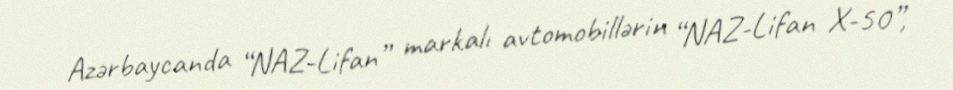
Azərbaycanda “NAZ-Lifan” markalı avtomobillərin “NAZ-Lifan X-50”,